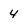
Character: 4